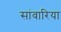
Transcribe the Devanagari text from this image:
सांवारिया